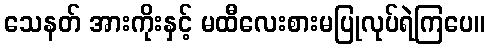
သေနတ် အားကိုးနှင့် မထီလေးစားမပြုလုပ်ရဲကြပေ။